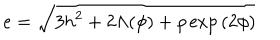
e = \sqrt { 3 h ^ { 2 } + 2 \Lambda ( \phi ) + \rho \exp { ( 2 \phi ) } }